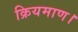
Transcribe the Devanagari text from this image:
क्रियमाण।